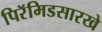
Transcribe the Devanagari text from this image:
पिरॅमिडसारखे